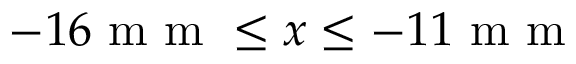
- 1 6 \mathrm { ~ m ~ m ~ } \leq x \leq - 1 1 \mathrm { ~ m ~ m ~ }